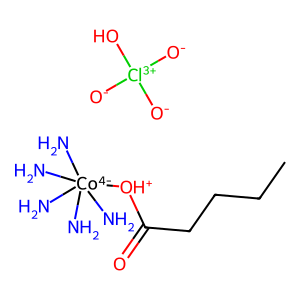
SMILES: CCCCC(=O)[OH+][Co-4](N)(N)(N)(N)N.[O-][Cl+3]([O-])([O-])O
Inhibits HIV replication: No